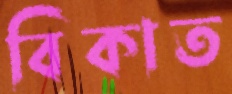
বিকাত